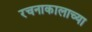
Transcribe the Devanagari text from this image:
रचनाकालाच्या